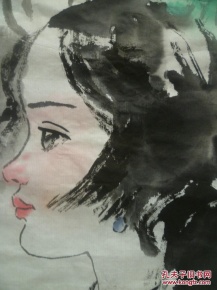
愁颜与衰鬓，明日又逢春。